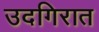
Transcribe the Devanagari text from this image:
उदगिरात